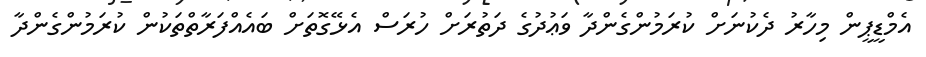
އެމްޑީޕީން މިހާރު ދެކުނަށް ކުރަމުންގެންދާ ވަޢުދުގެ ދަތުރަށް ހުރަސް އެޅޭގޮތަށް ބައެއްފަރާތްތަކުން ކުރަމުންގެންދާ